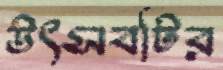
উৎসবটির